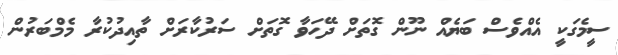
ސީމެގަކީ އެއްވެސް ބަޔެއް ނޫން ގޮތަށް ދޭހަވާ ގޮތަށް ސަރުކާރަށް ތާއިދުކުރާ މެމްބަރުން